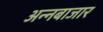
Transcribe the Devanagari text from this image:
अन्नबाजार